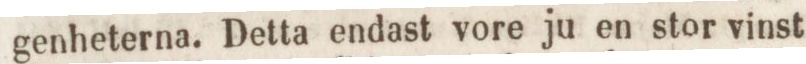
genheterna. Detta endast vore ju en stor vinst